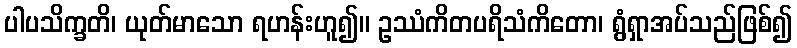
ပါပသိက္ခတိ၊ ယုတ်မာသော ရဟန်းဟူ၍။ ဥဿံကိတပရိသံကိတော၊ ရွံရှာအပ်သည်ဖြစ်၍